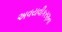
અવયવીકરણના